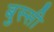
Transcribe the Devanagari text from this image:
बुस्सी